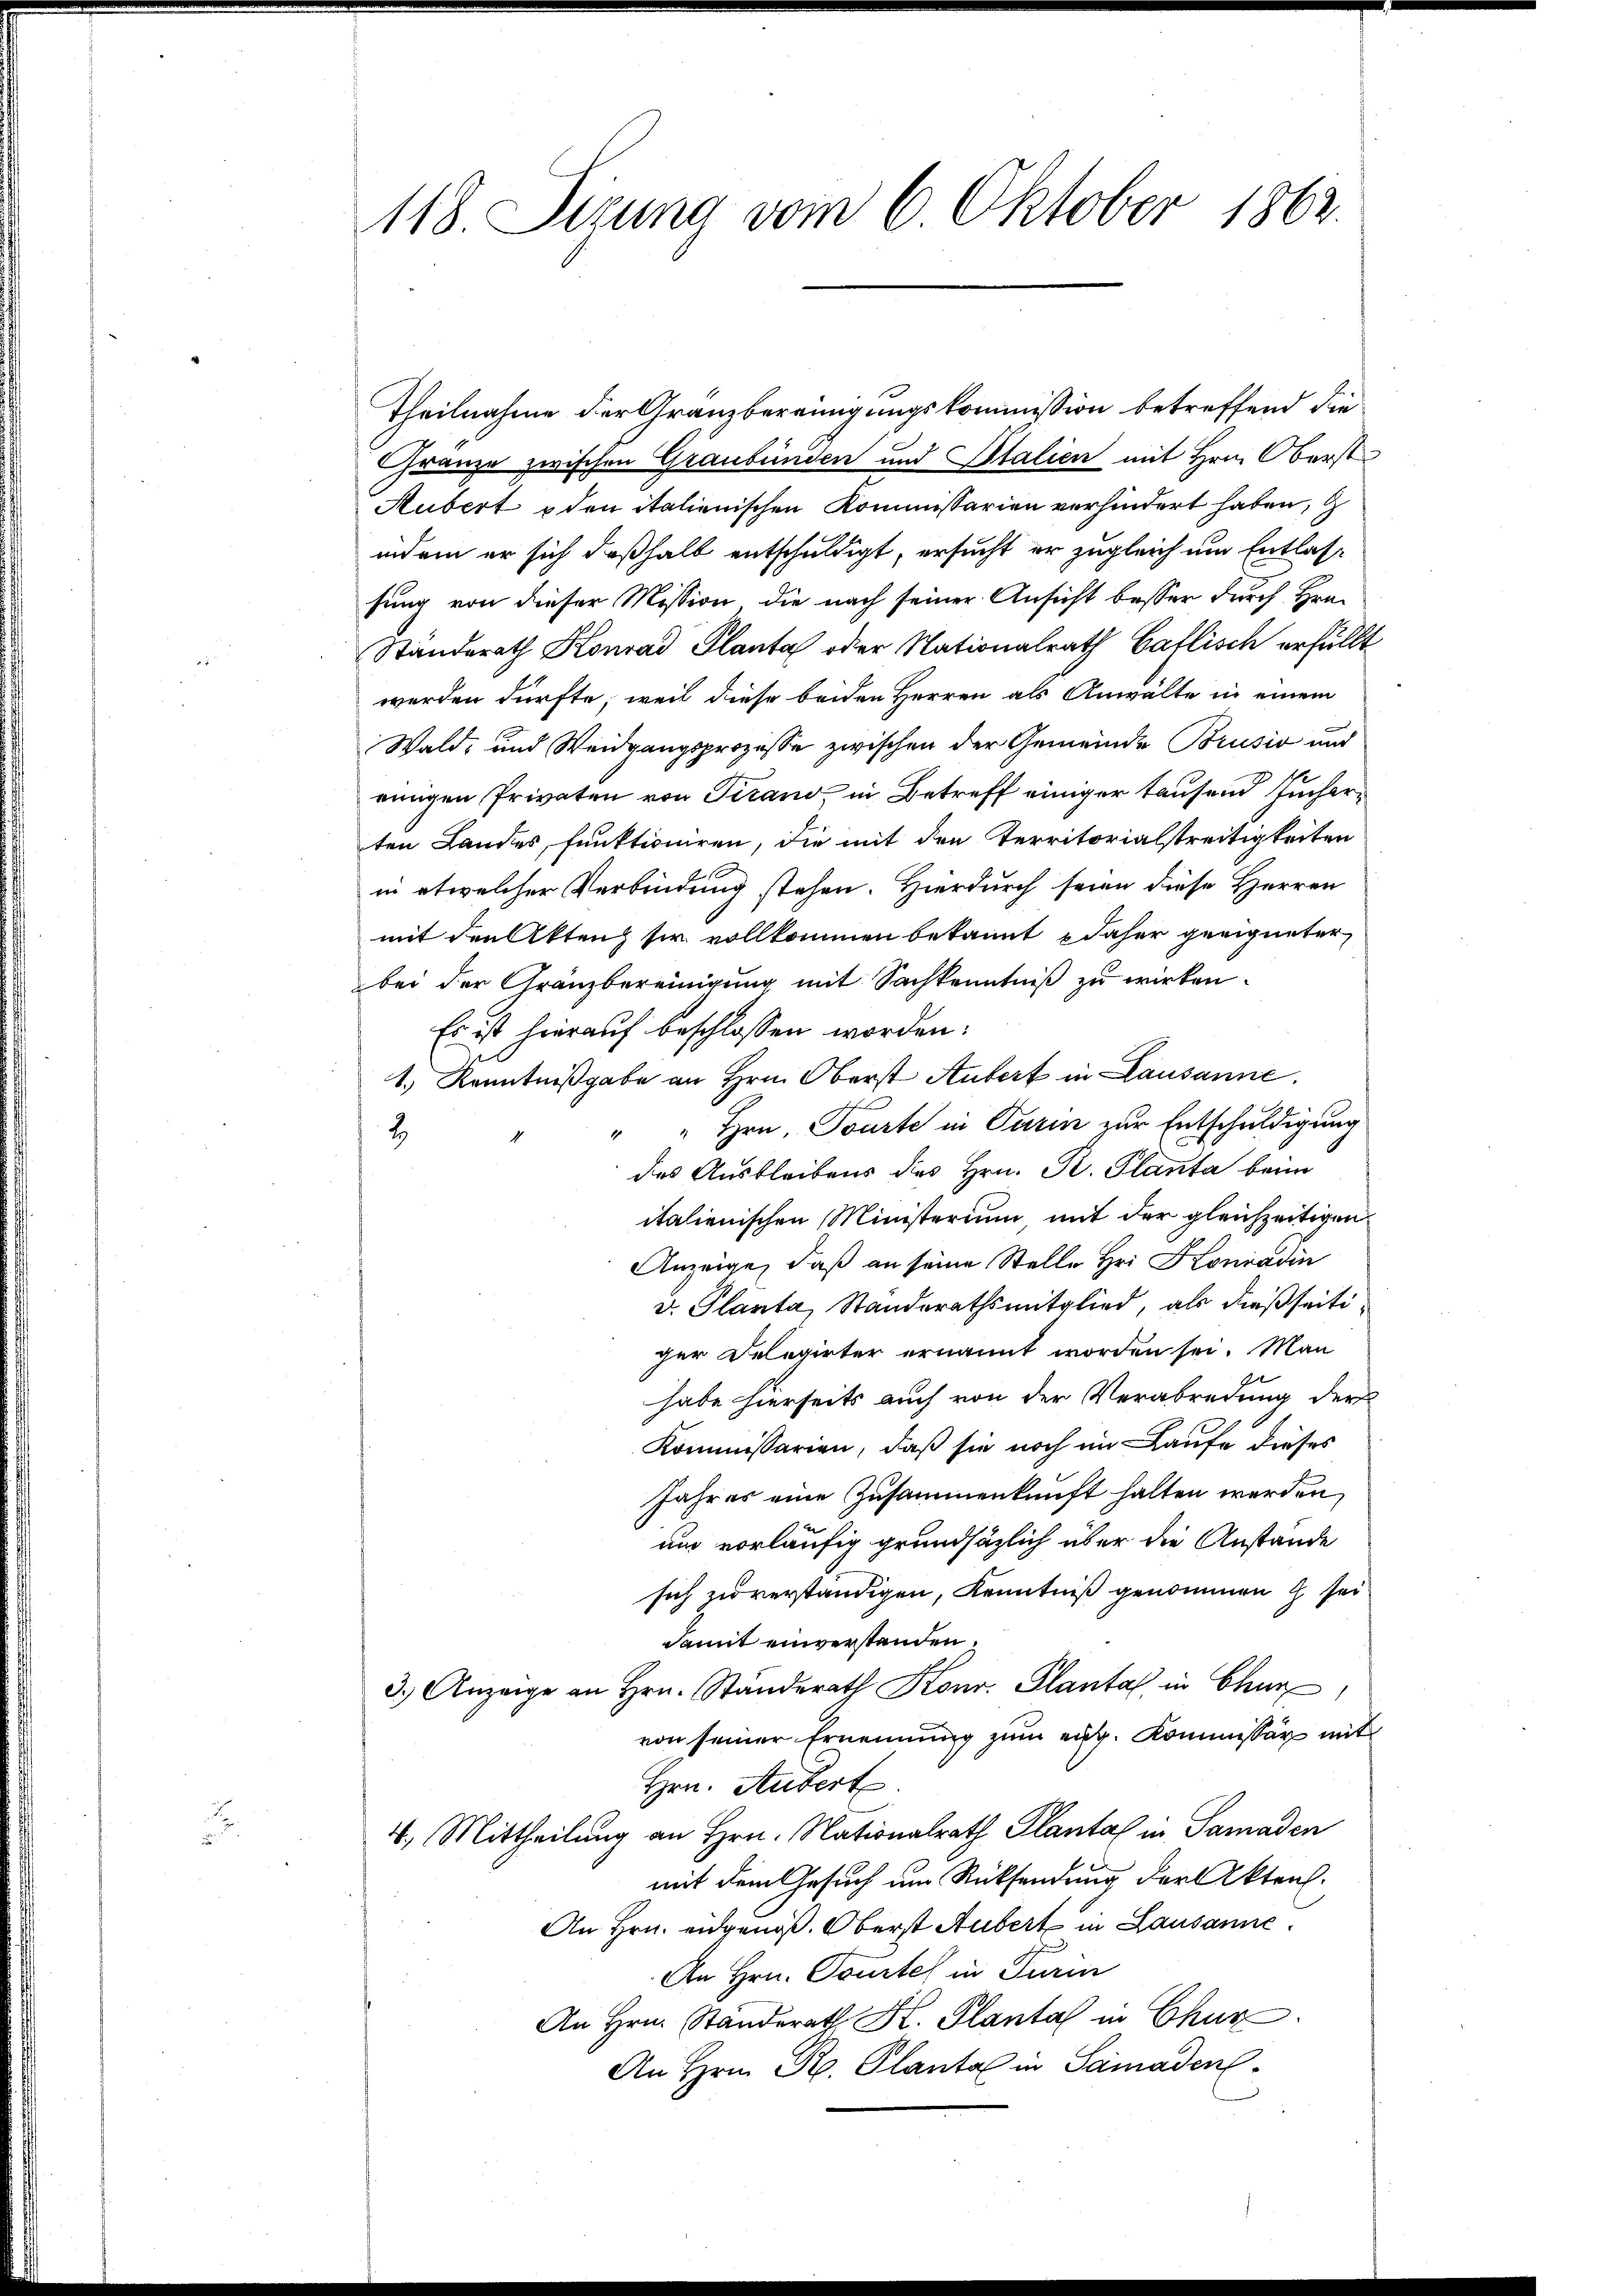
118. Sizung vom 6 Oktober 1862.

Theilnahme der Granzbereinigungskommission betreffend die
Granze zwischen Graubünden und Italien mit Hrn. Oberst
Hubert & den italienischen Kommissarien verhindert haben,
indem er sich deßhalb entschuldigt, ersucht er zugleich um Entlassung von dieser Mission die nach seiner Ansicht besser durch Hrn.
Standerath Konrad Planta oder Nationalrath Gallisch erfüllt
werden dürfte, weil diese beiden Herren als Anwälte in einem
Wald- und Weidgangsprozesse zwischen der Gemeinde Brusio und
einigen Privaten von Tirano, in Betreff einiger tausend Jucharten Landes, funktioniren, die mit den Territorialstreitigkeiten
in etwelcher Verbindung stehen. Hierdurch seien diese Herren
mit den Akten sie vollkommen bekannt daher geeigneter
bei der Gränzbereinigung mit Sachkenntniß zu wirken.
Es ist hierauf beschlossen worden:
1.) Kenntnißgabe an Hrn. Oberst Aufert in Lausanne.
" " Hrn. Tourte in Turin zur Entschuldigung
2.
des Ausbleibens des Hrn. B. Planta beim
italienischen Ministerium mit der gleichzeitigen
Anzeige, daß an seine Stelle Hri Konradin
v. Planta, Standerathsmitglied, als dießseitiger Delegirter ernannt worden sei. Man
habe hierseits auch von der Verabredung der
Kommissarien, daß sie noch im Laufe dieses
Jahres eine Zusammenkunft halten werden,
um vorläufig grundsätzlich über die Anstande
sich zu verständigen, Kenntniß genommen h. sei
damit einverstanden.
3.) Anzeige an Hrn. Standerath Konr. Plantal in Chur
von seiner Ernennung zum eng. Kommissär mit
Hrn. Aubert.
4. Mittheilung an Hrn. Nationalrath Plantal in Samaden
mit dem Gesuch um Rücksendung der Akten.
An Hrn. angenoß. Oberst Aubert in Lausanne
An Hrn. Tourtel in Turin
An Hrn. Standerath H. Planta in Chur
An Hrn. R. Plantal in Samaden